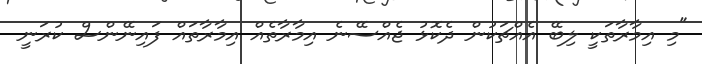
"މި އިމާރާތަކީ ލިބޭ އެއްޗަކުން ދެކޮޅު ޖެއްސޭނެ އިމާރާތެއް އިމާރާތައް ފައިނޭންސް ކުރަނީ